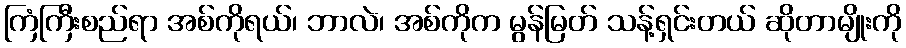
ကြံကြီးစည်ရာ အစ်ကိုရယ်၊ ဘာလဲ၊ အစ်ကိုက မွန်မြတ် သန့်ရှင်းတယ် ဆိုတာမျိုးကို